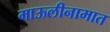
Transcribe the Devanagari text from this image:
माऊलीनामात